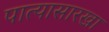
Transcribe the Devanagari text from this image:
पात्यासारखा